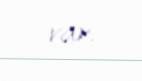
var.